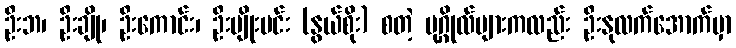
ဦးဘ၊ ဦးချို၊ ဦးကောင်း၊ ဦးမျိုးမင်း (နွယ်စိုး) စတဲ့ ပုဂ္ဂိုလ်များကလည်း ဦးနုလက်အောက်မှာ